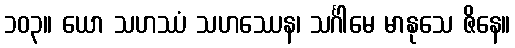
၁၀၃။ ယော သဟဿံ သဟဿေန၊ သင်္ဂါမေ မာနုသေ ဇိနေ။